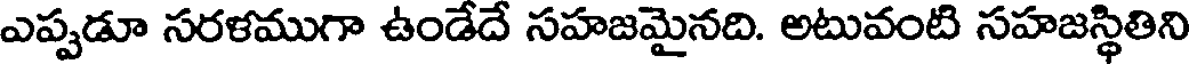
ఎప్పడూ సరళముగా ఉండేదే సహజమైనది. అటువంటి సహజస్థితిని